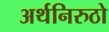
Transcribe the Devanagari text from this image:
अर्थनिरुठो